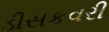
ડીસકવરી